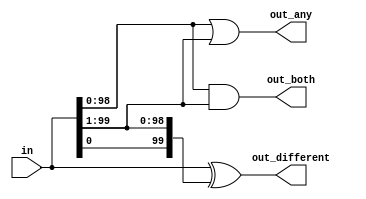
module gatesv100 (
  input [99:0] in,
  output [98:0] out_both,
  output [99:1] out_any,
  output [99:0] out_different

);

  assign out_both = in & in[99:1];
  assign out_any = in | in[99:1];
  assign out_different = in^{in[0], in[99:1]};

endmodule